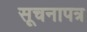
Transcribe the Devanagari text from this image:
सूचनापत्र